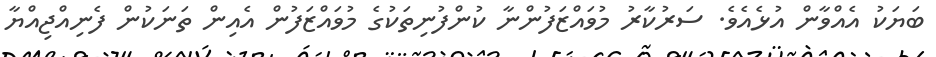
ބަޔަކު އެއްވާން އުޅެއެވެ. ސަރުކާރު މުވައްޒަފުންނާ ކުންފުނިތަކުގެ މުވައްޒަފުން އެއިން ތަނަކުން ފެނިއްޖިއްޔާ